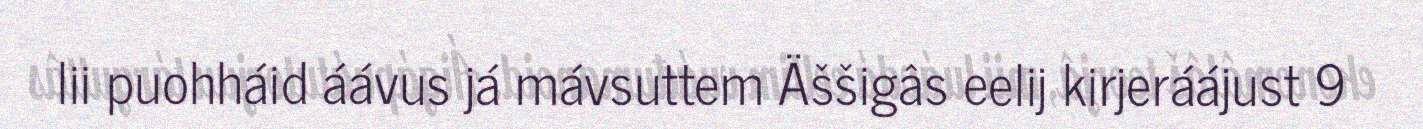
lii puohháid áávus já mávsuttem Äššigâs eelij kirjeráájust 9